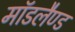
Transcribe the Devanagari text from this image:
मॉडलैण्ड